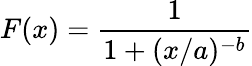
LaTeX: F(x)={\frac{1}{1+(x/a)^{-b}}}